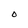
Character: o